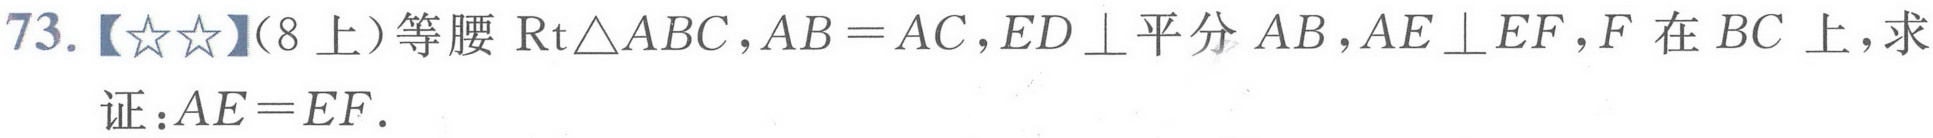
73.【★★】(8上）等腰\(\text{Rt}\triangle ABC\)，\(AB = AC\)，\(ED\perp\)平分\(AB\)，\(AE\perp EF\)，\(F\)在\(BC\)上，求证：\(AE = EF\).